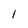
Character: l